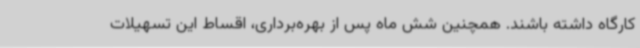
کارگاه داشته باشند. همچنین شش ماه پس از بهره‌برداری، اقساط این تسهیلات